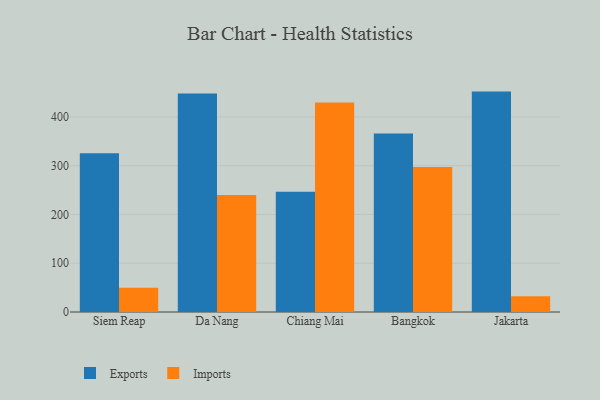
{"axis": {"x": "City", "y": "Net Income (USD K)"}, "legend": ["Exports", "Imports"], "data": [{"x": "Siem Reap", "y": 325.5, "type": "Exports"}, {"x": "Siem Reap", "y": 49.8, "type": "Imports"}, {"x": "Da Nang", "y": 448.2, "type": "Exports"}, {"x": "Da Nang", "y": 240.0, "type": "Imports"}, {"x": "Chiang Mai", "y": 246.8, "type": "Exports"}, {"x": "Chiang Mai", "y": 429.5, "type": "Imports"}, {"x": "Bangkok", "y": 366.3, "type": "Exports"}, {"x": "Bangkok", "y": 297.6, "type": "Imports"}, {"x": "Jakarta", "y": 452.0, "type": "Exports"}, {"x": "Jakarta", "y": 32.1, "type": "Imports"}]}